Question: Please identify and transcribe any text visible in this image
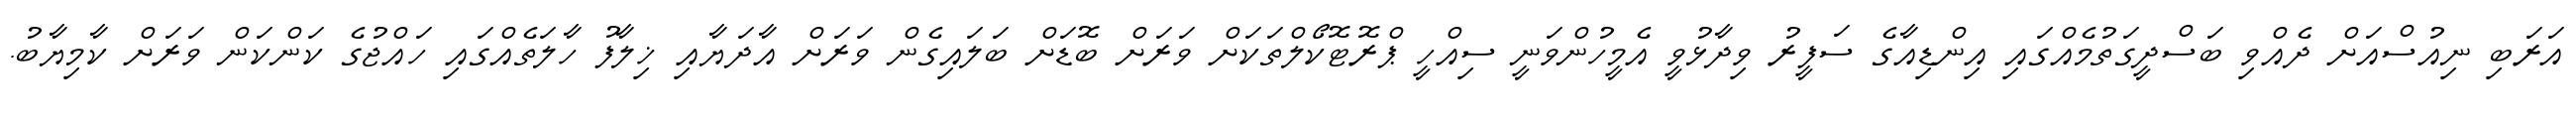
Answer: އަރަބި ނިއުސްއަށް ދެއްވި ބަސްދީގަތުމެއްގައި އިންޑިއާގެ ސަފީރު ވިދާޅުވީ އެމީހުންވަނީ ސިއްހީ ޕްރޮޓޮކޯލްތަކަށް ވަރަށް ބޮޑަށް ބަލައިގެން ވަރަށް އާދަޔާއި ޚިލާފު ހާލަތެއްގައި ހައްޖުގެ ކަންކަން ވަރަށް ކާމިޔާބު.